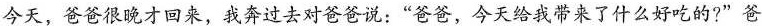
今天，爸爸很晚才回来，我奔过去对爸爸说：”爸爸，今天给我带来了什么好吃的?”爸